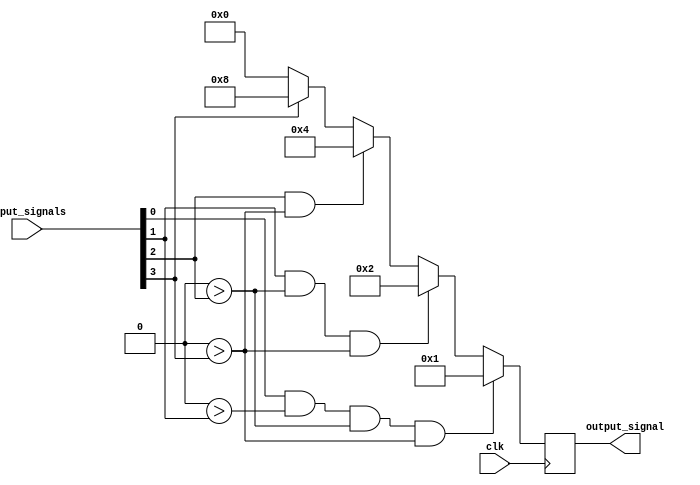
module weighted_arbiter(
    input wire clk,
    input wire [3:0] input_signals,
    output reg [3:0] output_signal
);

reg [3:0] weights = 4'b1000; // Predefined criteria for assigning priorities

always @ (posedge clk) begin
    // Arbiter logic using weighted algorithm
    if (input_signals[0] & weights[0] > |input_signals[1] & weights[1] > |input_signals[2] & weights[2] > |input_signals[3] & weights[3])
        output_signal <= 4'b0001;
    else if (input_signals[1] & weights[1] > |input_signals[2] & weights[2] > |input_signals[3] & weights[3])
        output_signal <= 4'b0010;
    else if (input_signals[2] & weights[2] > |input_signals[3] & weights[3])
        output_signal <= 4'b0100;
    else if (input_signals[3] & weights[3])
        output_signal <= 4'b1000;
    else
        output_signal <= 4'b0000;
end

endmodule